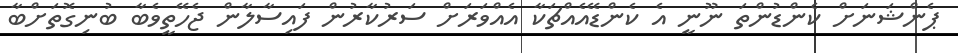
ޕެންޝަނަށް ކެންޑުންތަ ނޫނީ އެ ކެންޑޭއެއްޗަކާ އެއްވަރަށް ސަރުކާރުން ފައިސާލާން ޖެހޭތީވެބާ ބުނިގޮތަށްބާ